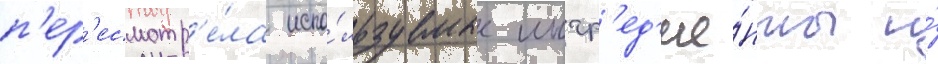
п'ер'есмотр'е́ла испо́льзуемые ингр'ед'ие́нты и́